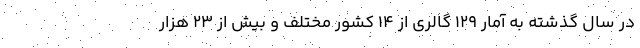
در سال گذشته به آمار ۱۲۹ گالری از ۱۴ کشور مختلف و بیش از ۲۳ هزار